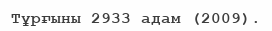
Тұрғыны 2933 адам (2009).